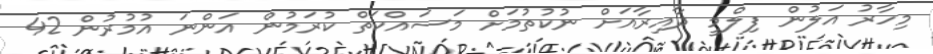
މިހާރު އަލުން ފިލްމީ ދާއިރާއަށް ނުކުތުމަށް މަސައްކަތް ކުރަމުން އަންނަ އުމުރުން 42